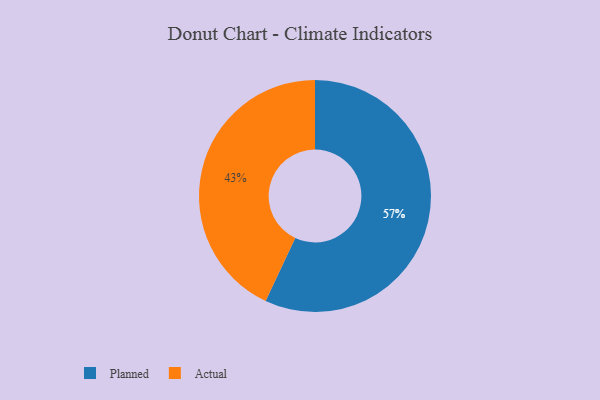
{"axis": {"x": "Category", "y": "Percentage"}, "legend": ["Actual", "Planned"], "data": [{"x": "Actual", "y": 43, "type": "Actual"}, {"x": "Planned", "y": 57, "type": "Planned"}]}